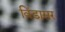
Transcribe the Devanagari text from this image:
विंडासर